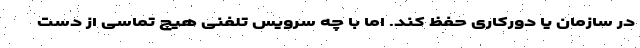
در سازمان یا دورکاری حفظ کند. اما با چه سرویس تلفنی هیچ تماسی از دست